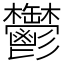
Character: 鬱